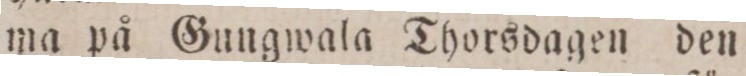
ma på Gungwala Thorsdagen den